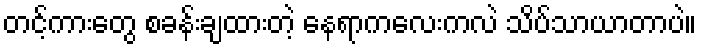
တင့်ကားတွေ စခန်းချထားတဲ့ နေရာကလေးကလဲ သိပ်သာယာတာပဲ။